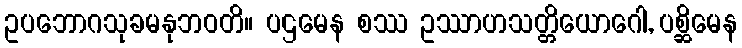
ဥပဘောဂသုခမနုဘဝတိ။ ပဌမေန စဿ ဥဿာဟသတ္တိယောဂေါ, ပစ္ဆိမေန